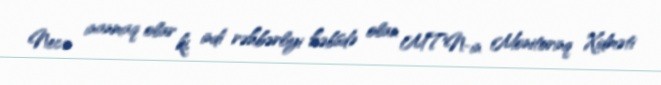
Necə inanmaq olar ki, indi rəhbərliyi həbsdə olan MTN-in Monitorinq Xidməti